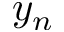
y _ { n }